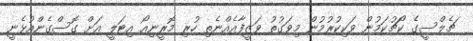
ޗެލްސީގެ ކޯޗުކަމުން ވަކިކުރުމުން މިވަގުތު ވަޒީފާއެއްނެތި ހުރި މޮރީނިއޯ އިޓަލީ އަށް ގޮސްގެންއުޅެނީ